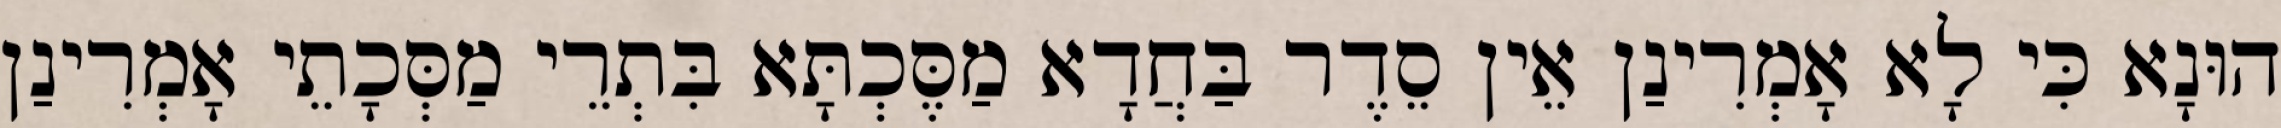
הוּנָא כִּי לָא אָמְרִינַן אֵין סֵדֶר בַּחֲדָא מַסֶּכְתָּא בִּתְרֵי מַסְּכָתֵי אָמְרִינַן